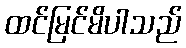
ထင်မြင်မိပါသည်